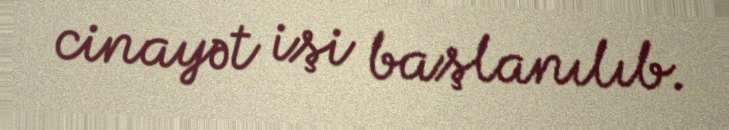
cinayət işi başlanılıb.